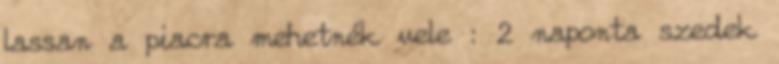
lassan a piacra mehetnék vele : 2 naponta szedek